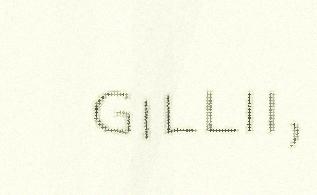
gillii,